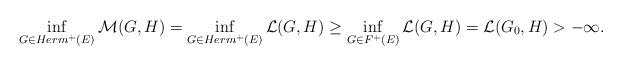
LaTeX: \begin{align*} \inf_{G\in Herm^+(E)}\mathcal{M}(G,H)=\inf_{G\in Herm^+(E)}\mathcal{L}(G,H)\geq \inf_{G\in F^+(E)}\mathcal{L}(G,H)= \mathcal{L}(G_0,H)>-\infty. \end{align*}